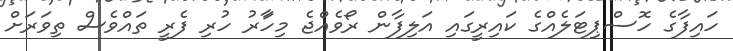
ހައިފާގެ ހޮސްޕިޓަލެއްގެ ކައިރީގައި އަލިފާން ރޯވެއްޖެ މިހަާރު ހުރި ފެރީ ތައްވެސް ތިވަރަށް